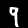
Digit: 9